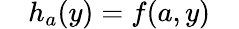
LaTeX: \quad h_{a}(y)=f(a,y)\quad